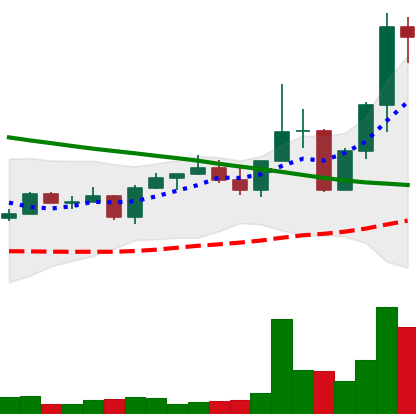
Ticker: EOS-USD
Chart end date: 2022-08-23
Forward return: -21.156%
Label: down_7plus